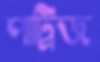
পাট্রিজ